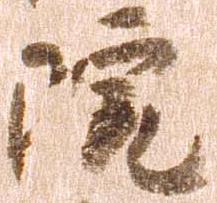
院